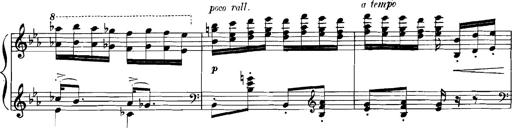
Title: Rhapsodies hongroises
Composer: Franz Liszt